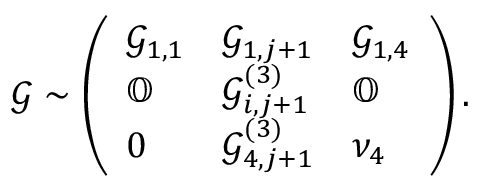
\mathcal { G } \sim \left( \begin{array} { l l l } { \mathcal { G } _ { 1 , 1 } } & { \mathcal { G } _ { 1 , j + 1 } } & { \mathcal { G } _ { 1 , 4 } } \\ { \mathbb { O } } & { \mathcal { G } _ { i , j + 1 } ^ { ( 3 ) } } & { \mathbb { O } } \\ { 0 } & { \mathcal { G } _ { 4 , j + 1 } ^ { ( 3 ) } } & { \nu _ { 4 } } \end{array} \right) .